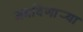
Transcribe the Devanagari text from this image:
जमविणार्‍या